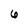
Character: 6